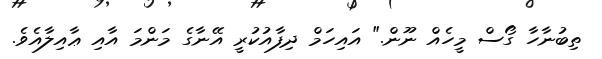
ތިބުނާހާ ގޯސް މީހެއް ނޫން." އައިހަމް ދިފާއުކުރީ އޭނާގެ މަންމަ އާއި ޢާއިލާއެވެ.